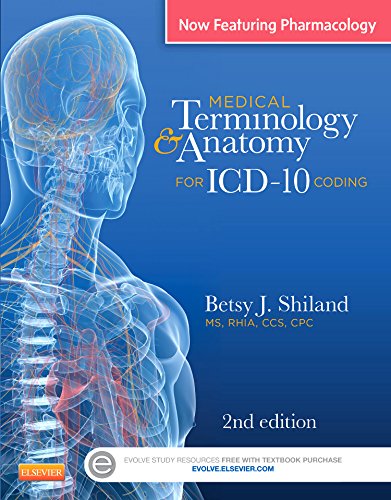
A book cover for Medical Terminology & Anatomy for ICD-10 Coding, 2e; Betsy J. Shiland MS  RHIA  CCS  CPC  CPHQ  CTR  CHDA  CPB; Medical Books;